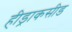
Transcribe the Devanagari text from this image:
हीड्राकसीड